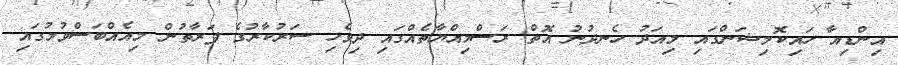
އިންޑިއާ ހައިކޮމިޝަންގައި މިއަދު ހެނދުނު އޮތް ރަސްމިއްޔާތެއްގައި ދިވެހި ސަރުކާރުގެ ފަރާތުން މިއެއްބަސްވުމުގައި